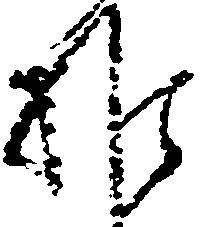
推